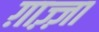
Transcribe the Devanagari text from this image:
ग़ाज़्ज़ा